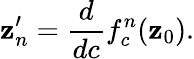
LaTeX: \mathbf{z}_{n}^{\prime}={\frac{{d}}{{dc}}}f_{c}^{n}(\mathbf{z}_{0}).